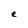
Character: e